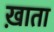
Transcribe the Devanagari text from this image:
ख़ाता